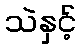
သဲနှင့်